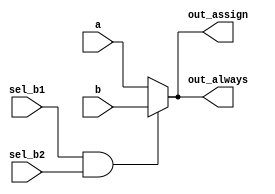
// This program was cloned from: https://github.com/viduraakalanka/HDL-Bits-Solutions
// License: The Unlicense

// synthesis verilog_input_version verilog_2001
module top_module(
    input a,
    input b,
    input sel_b1,
    input sel_b2,
    output wire out_assign,
    output reg out_always   ); 
	
    assign out_assign= (sel_b1==1'b1 && sel_b2==1'b1)? b:a;
    
    always @(*)begin
        if (sel_b1==1'b1 && sel_b2==1'b1) begin
    		out_always  = b;
        end
        else begin
            out_always = a;
        end
    end
    
endmodule